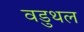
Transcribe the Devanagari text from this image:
वडुथल